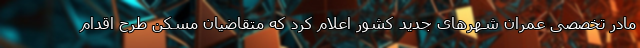
مادر تخصصی عمران شهرهای جدید کشور اعلام کرد که متقاضیان مسکن طرح اقدام